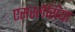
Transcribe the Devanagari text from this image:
एसस्लेसिया